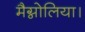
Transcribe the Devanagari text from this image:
मैग्नोलिया।